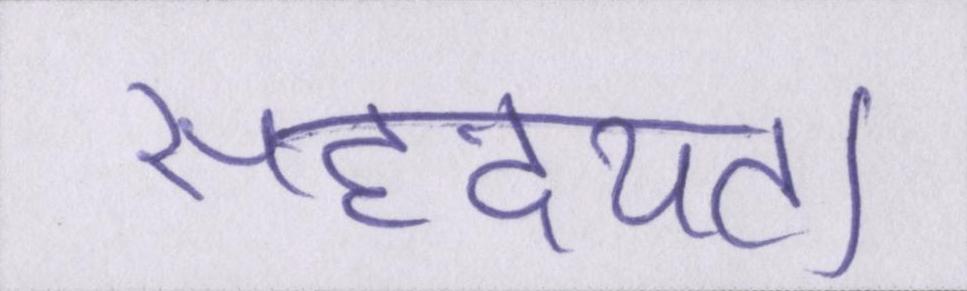
सहृदयता